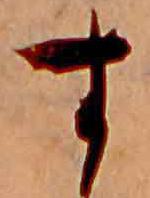
す